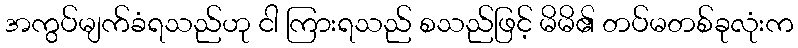
အကွပ်မျက်ခံရသည်ဟု ငါ ကြားရသည် စသည်ဖြင့် မိမိ၏ တပ်မတစ်ခုလုံးက